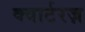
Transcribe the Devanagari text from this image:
क्वार्टरज़